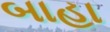
બાહા